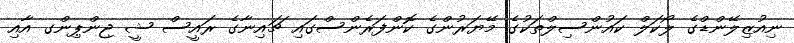
ނިއުޒިލޭންޑްގެ ލޯކަލް ކައުންސިލްތަކުގެ މޭޔަރުންގެ ކޮންފަރެންސްގައި ޗައިނާގެ ރައީސް ޝީ ޖިންޕިންގ އާއި